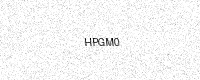
Text: HPGM0